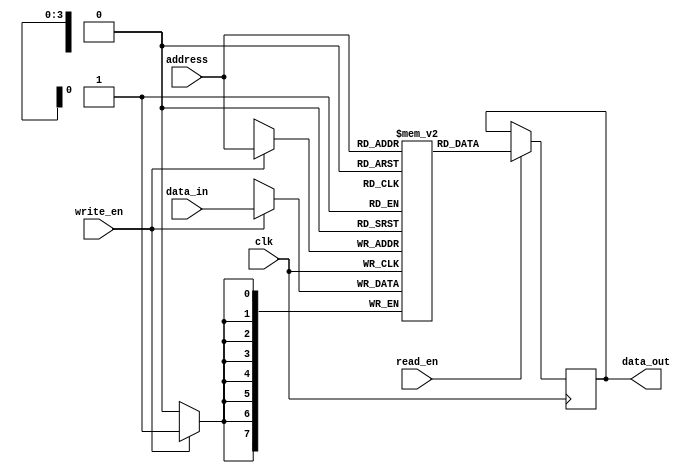
module MemoryBlock (
input wire clk, 
input wire [7:0] data_in,
input wire [3:0] address,
input wire read_en,
input wire write_en,
output reg [7:0] data_out
);

reg [7:0] mem [15:0];

always @(posedge clk) begin
    if (read_en) begin
        data_out <= mem[address];
    end
    if (write_en) begin
        mem[address] <= data_in;
    end
end

endmodule